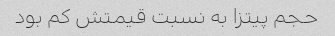
حجم پیتزا به نسبت قیمتش کم بود